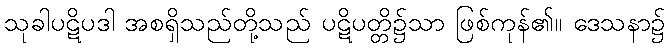
သုခါပဋိပဒါ အစရှိသည်တို့သည် ပဋိပတ္တိ၌သာ ဖြစ်ကုန်၏။ ဒေသနာ၌